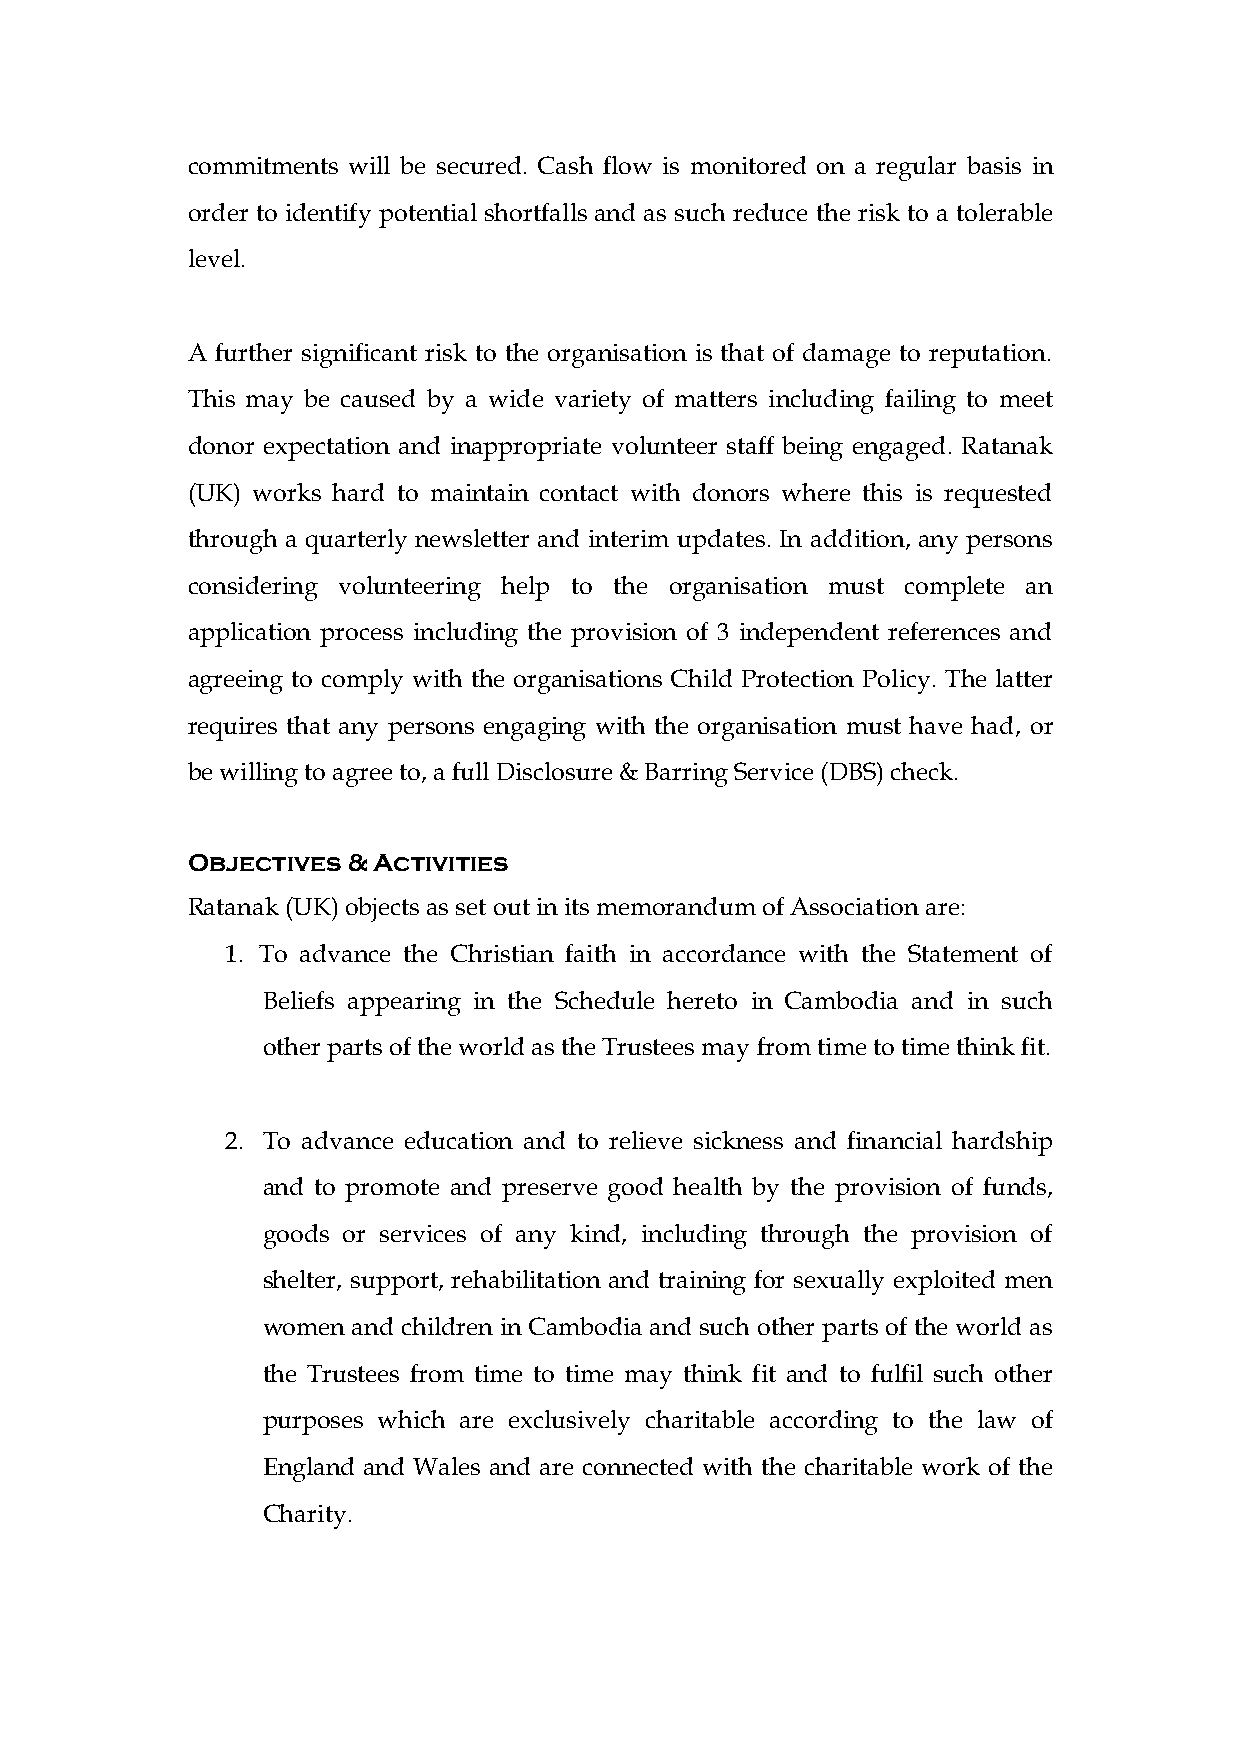
commitments will be secured. Cash flow is monitored on a regular basis in
 order to identify potential shortfalls and as such reduce the risk to a tolerable
 level.
 A further significant risk to the organisation is that of damage to reputation.
 This may be caused by a wide variety of matters including failing to meet
 donor expectation and inappropriate volunteer staff being engaged. Ratanak
 (UK) works hard to maintain contact with donors where this is requested
 through a quarterly newsletter and interim updates. In addition, any persons
 considering volunteering help to the organisation must complete an
 application process including the provision of 3 independent references and
 agreeing to comply with the organisations Child Protection Policy. The latter
 requires that any persons engaging with the organisation must have had, or
 be willing to agree to, a full Disclosure & Barring Service (DBS) check.
 Objectives & Activities
 Ratanak (UK) objects as set out in its memorandum of Association are:
 1. To advance the Christian faith in accordance with the Statement of
 Beliefs appearing in the Schedule hereto in Cambodia and in such
 other parts of the world as the Trustees may from time to time think fit.
 2. To advance education and to relieve sickness and financial hardship
 and to promote and preserve good health by the provision of funds,
 goods or services of any kind, including through the provision of
 shelter, support, rehabilitation and training for sexually exploited men
 women and children in Cambodia and such other parts of the world as
 the Trustees from time to time may think fit and to fulfil such other
 purposes which are exclusively charitable according to the law of
 England and Wales and are connected with the charitable work of the
 Charity.